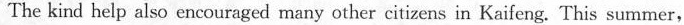
The kind help also encouraged many other citizens in Kaifeng. This summer,